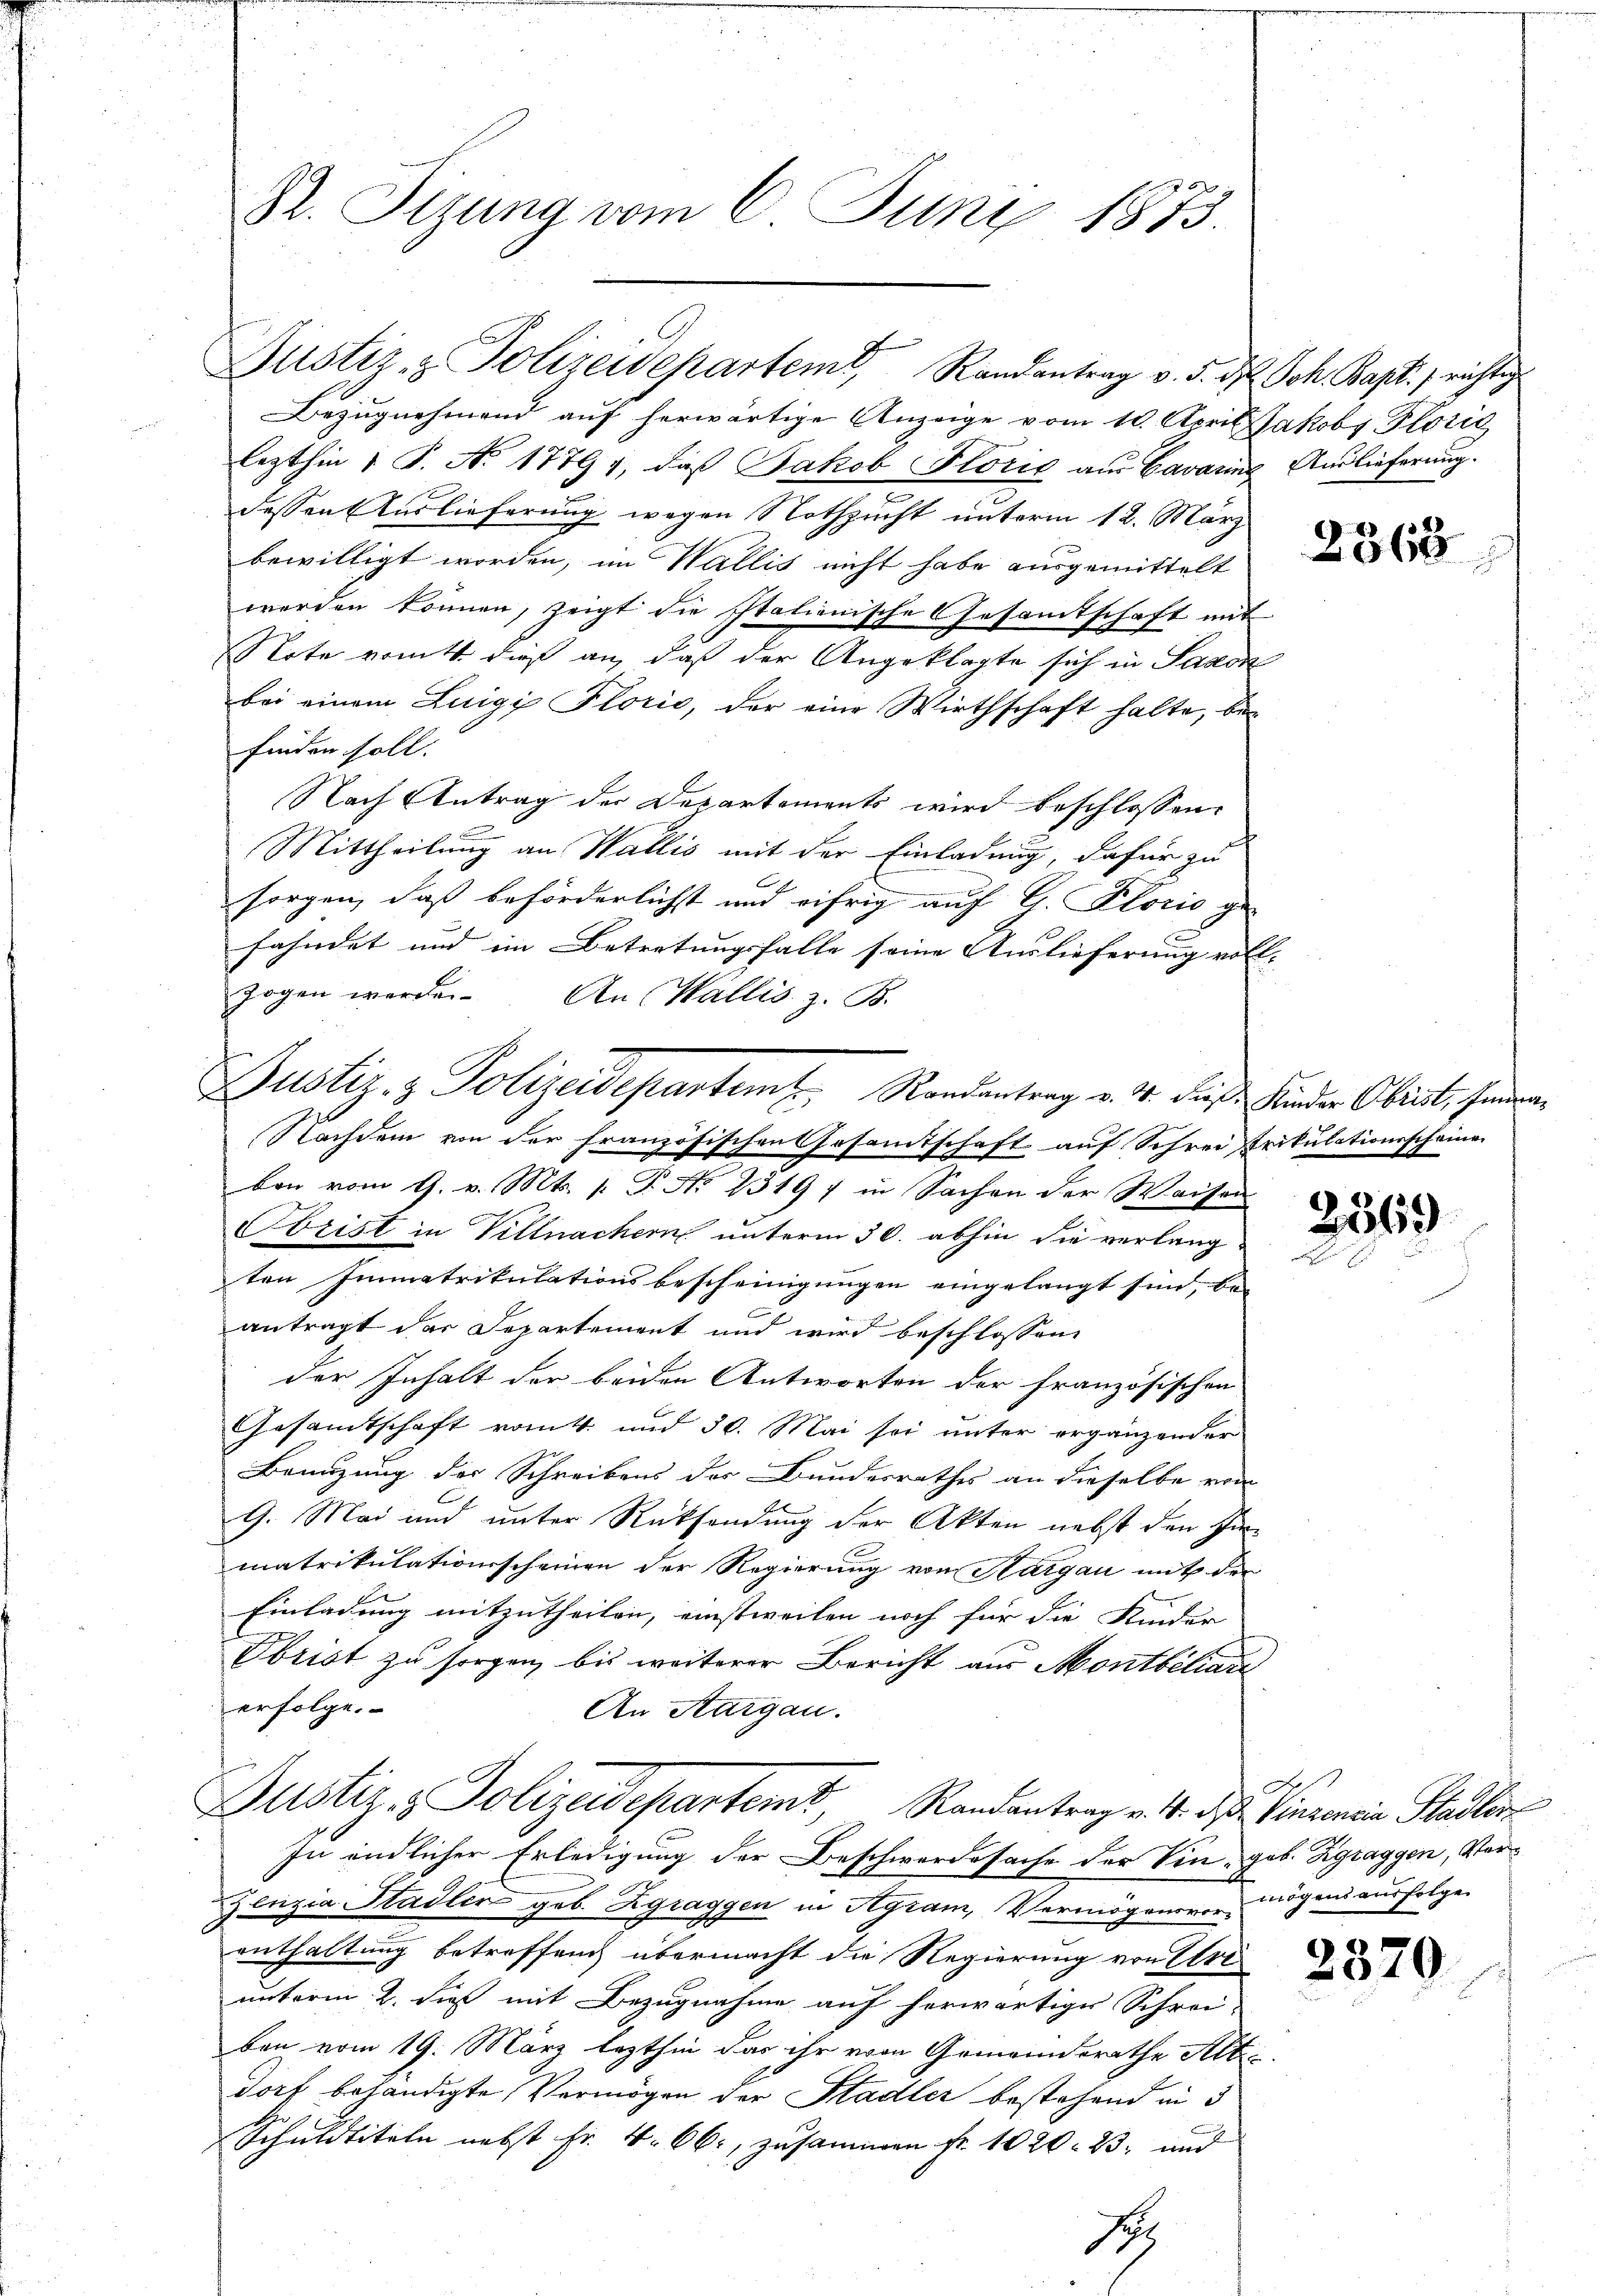
St. Sizung vom 6. Juny 1873.

Bezugnehmend auf herwärtige Anzeige vom 10. April Jakoby Florić
lezthin 1 S. Ao 17794, daß Jakob Florić aus Cavarine Auslieferung.
dessen Auslieferung wegen Nothzucht unterm 12. März
bewilligt worden, im Wallis nicht habe ausgemittelt
werden können, zeigt die Italienische Gesamtschaft mit
Note von dieß an, daß der Angeklagte sich in Saxon
bei einem Luigi Florić, der eine Wirthschaft halte, befinden soll.
Nach Antrag der Departements wird beschlossen
Mittheilung an Wallis mit der Einladung, dafür zu
sorgen, daß beförderlichst und eifrig auf G. Florio ge-
fahndet und im Betretungsfalle seine Auslieferung voll- |
zogen werde. An Wallis z. B.
Nachdem von der französischen Gesamtschaft auf Schreistrikulationsscheine
ben vom 9. v. Mts. p. P. No 13197 in Sachen der Waisen
Obrist in Villnachern unterm 30. abhin die verlang-
ten Immatrikulationsbescheinigungen eingelangt sind, be-
antragt der Departement und wird beschlossene
der Inhalt der beiden Antworten der französischen
Gesamtschaft rott und 30. Mai sei unter ergänzender
Benuzung des Schreibens des Bundesrathes an dieselbe von
9. Mai und unter Rüksendung der Akten nebst den In-
matrikulationsscheinen der Regierung von Hargau mit den
Einladung mitzutheilen, einstweilen noch für die Kinder
Ebrist zu sorgen, bis weiterer Bericht aus Montbiliar
erfolge.
An Sargau.
Justiz- & Polizeidepartemt, Randantrag v. 4. ds Vinzenein Stadler
In endlicher Erledigung der Beschwerdesache der Vin geb. Zgraggen, Ver¬
Zenzia Stadler geb. Zgraggen in Agram, Vermögensvermögens ausfolge
enthaltung betreffend übermacht die Regierung von Erei
unterm 2. dieß mit Bezugnahme auf herwärtige Schrei-
ben vom 19. März lezthin das ihr vom Gemeinderathe Alte
dorf behändigte Vermögen der Stadler bestehend in 3
Schuldtiteln nebst Fr. 4. 66, zusammen Fr. 1020. 23. und
Fel

Justiz- & Polizeidepartem Randantrag v. 5. d. Joh. Bapt. 7 richtig

Justiz- & Polizeidepartemt. Randantrag v. 4. die Kinder Obrist, handen¬

1

2368

2569

d

2320